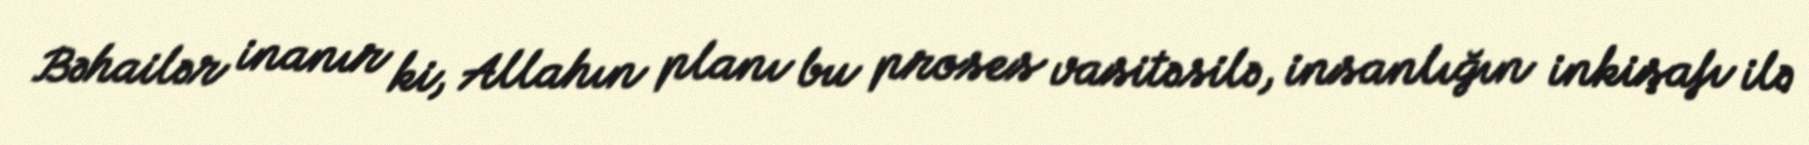
Bəhailər inanır ki, Allahın planı bu proses vasitəsilə, insanlığın inkişafı ilə